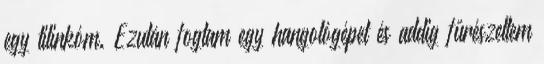
egy tilinkóm. Ezután fogtam egy hangológépet és addig fűrészeltem